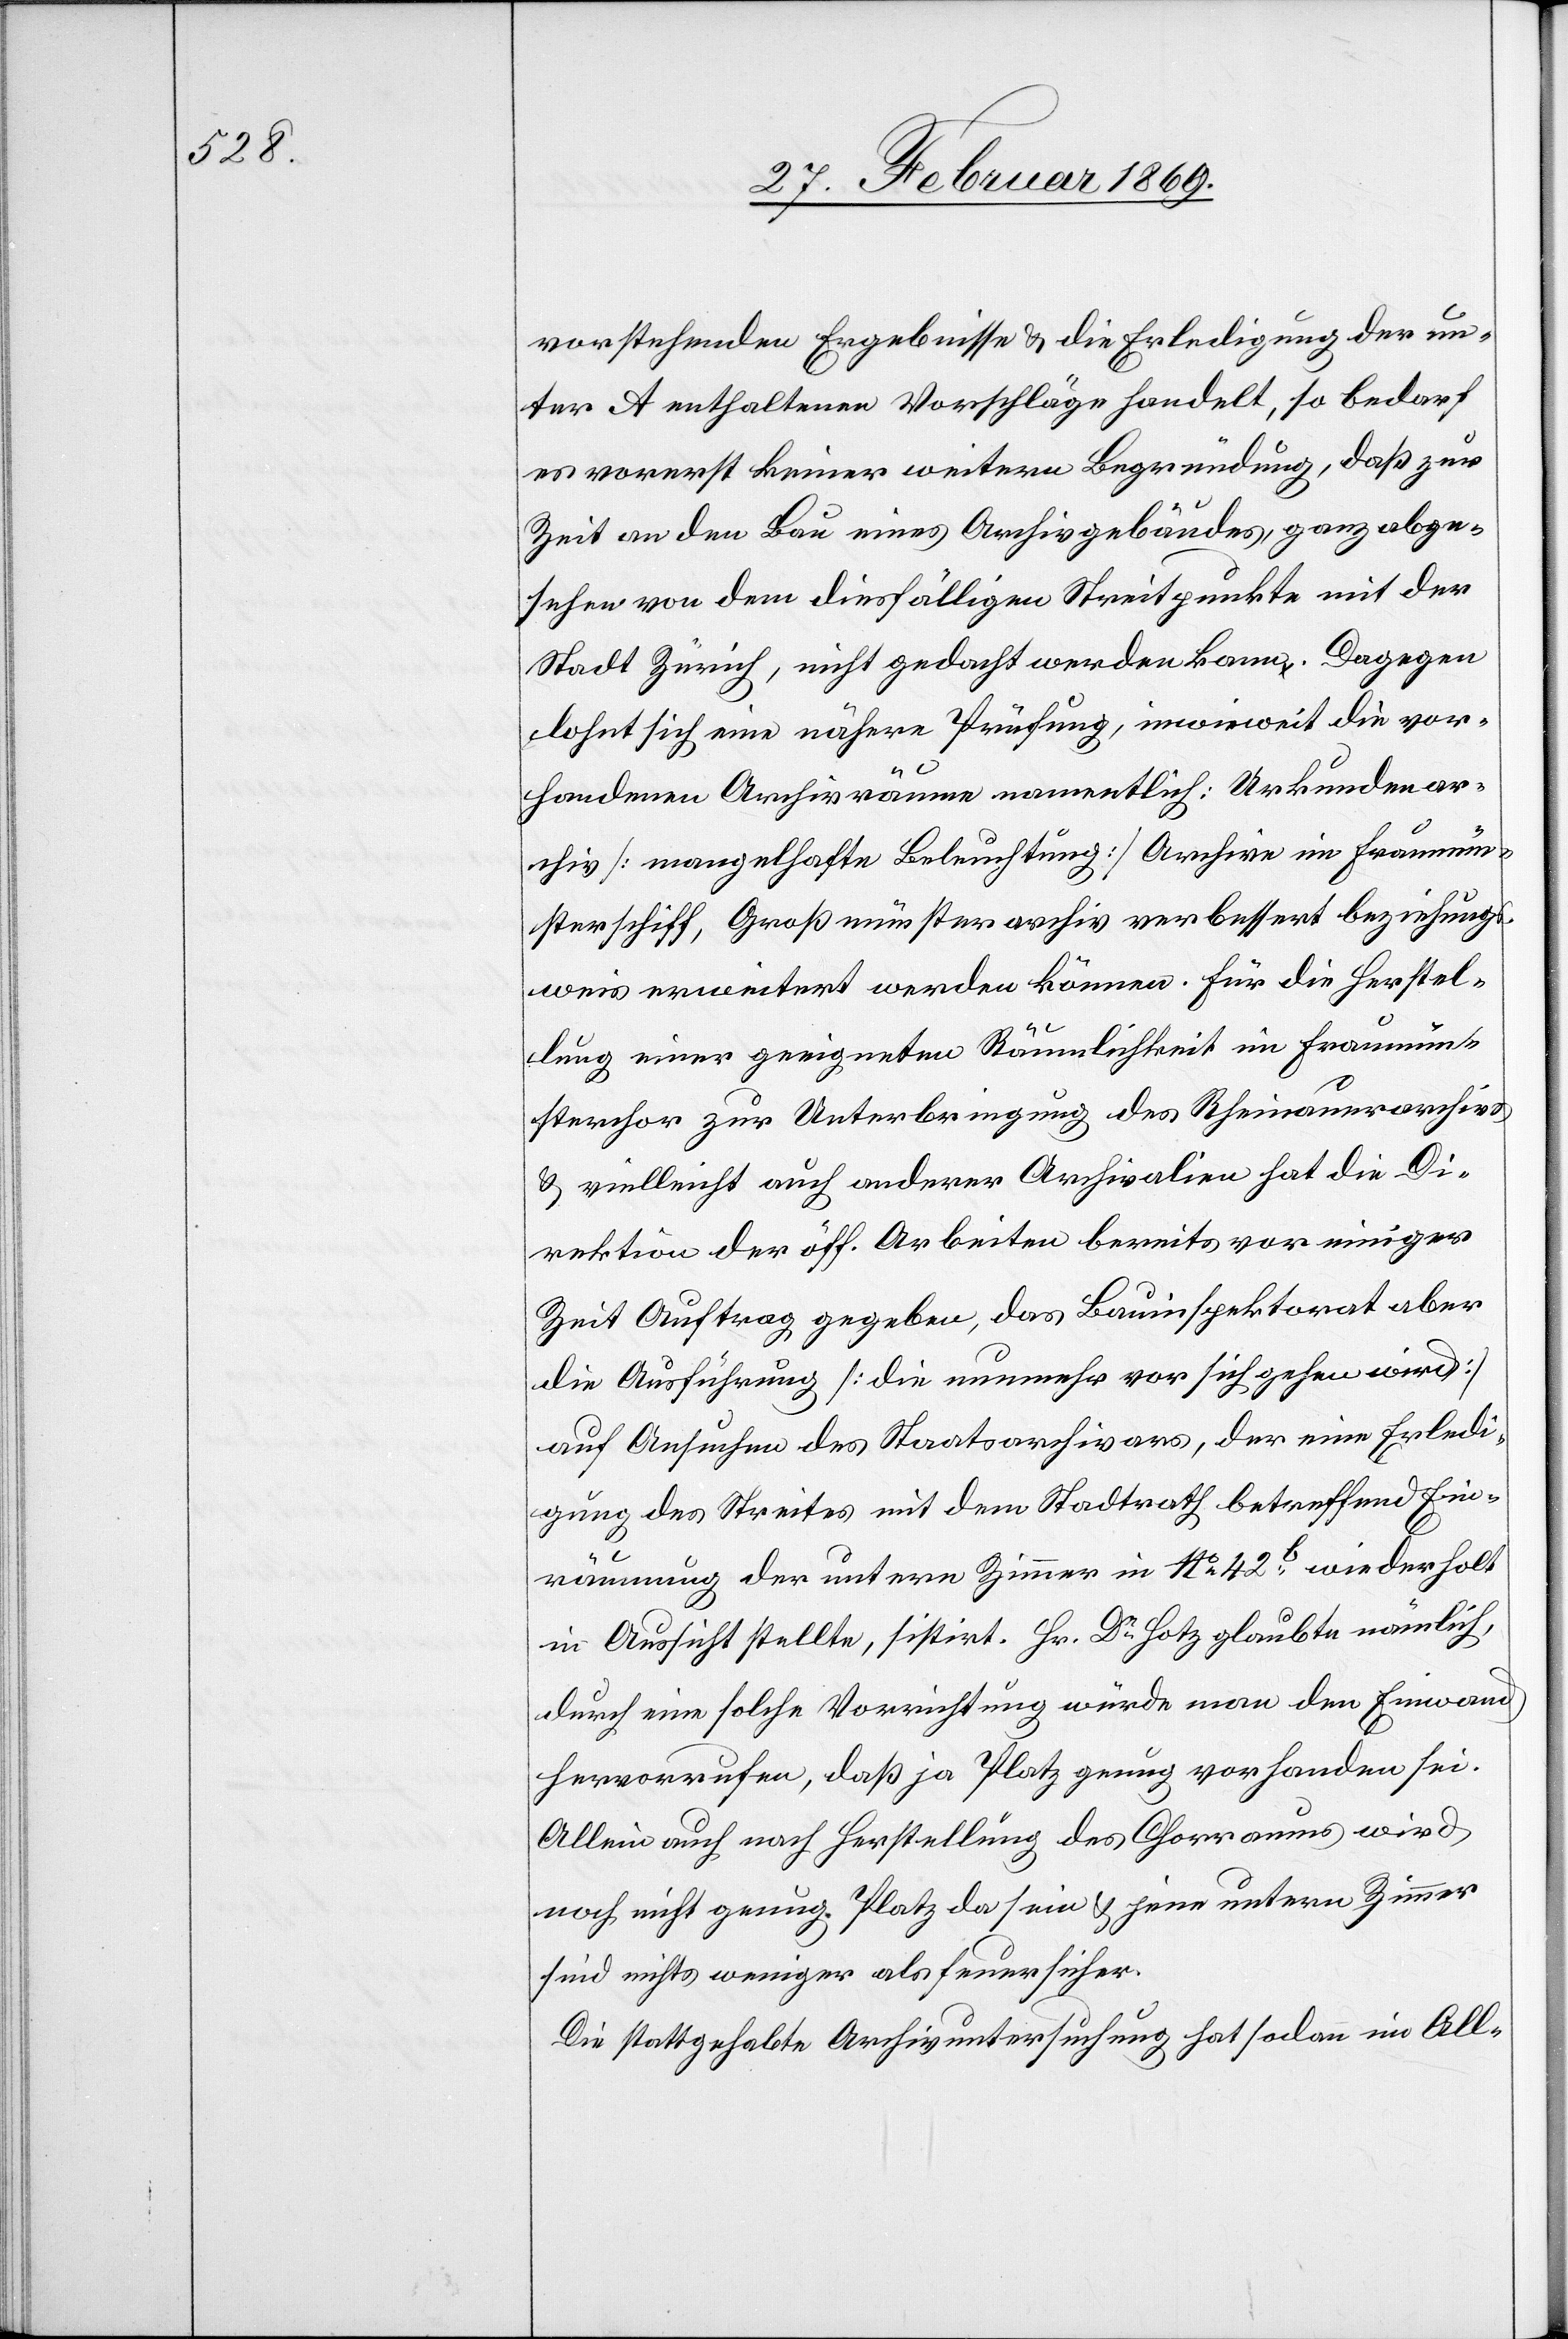
vorstehenden Ergebnisse & die Erledigung der un¬
ter A enthaltenen Vorschläge handelt, so bedarf
es vorerst keiner weitern Begründung, daß zur
Zeit an den Bau eines Archivgebäudes, ganz abge¬
sehen von dem diesfälligen Streitpunkte mit der
Stadt Zürich, nicht gedacht werden kann. Dagegen
lohnt sich eine nähere Prüfung, inwieweit die vor¬
handenen Archivräume namentlich: Urkundenar¬
chiv [mangelhafte Beleuchtung] Archive im Fraumün¬
sterschiff, Großmünsterarchiv verbessert beziehungs¬
weise erweitert werden können. Für die Herstel¬
lung einer geeigneten Räumlichkeit im Fraumün¬
sterchor zur Unterbringung des Rheinauerarchives
& vielleicht auch anderer Archivalien hat die Di¬
rektion der öff. Arbeiten bereits vor einiger
Zeit Auftrag gegeben, das Bauinspektorat aber
die Ausführung [die nunmehr vor sich gehen wird]
auf Ansuchen des Staatsarchivars, der eine Erledi¬
gung des Streites mit dem Stadtrath betreffend Ein¬
räumung der untern Zimmer in N° 42b wiederholt
in Aussicht stellte, sistirt. Hr. Dr Hotz glaubte nämlich,
durch eine solche Vorrichtung würde man den Einwand
hervorrufen, daß ja Platz genug vorhanden sei.
Allein auch nach Herstellung des Chorraums wird
noch nicht genug Platz da sein u. jene untern Zimmer
sind nichts weniger als feuersicher.
Die stattgehabte Archivuntersuchung hat sodann im All-